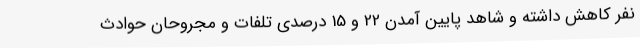
نفر کاهش داشته و شاهد پایین آمدن 22 و 15 درصدی تلفات و مجروحان حوادث